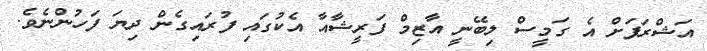
އަޝްރަފަށް އެ ގަމީސް ލިބޭނީ އާޒިމް ފަރީޝާއާ އެކުގައި ފުރައިގެން ދިޔަ ފަހުންނެވެ.